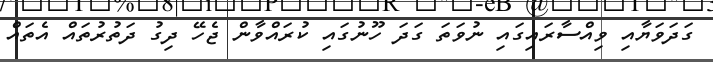
ގަދަވަޔާއި ވިއްސާރައިގައި ނުވަތަ ގަދަ ހޫނުގައި ކުރައްވާން ޖެހޭ ދިގު ދަތުރުތައް އެތައް